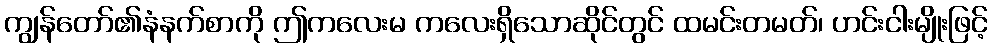
ကျွန်တော်၏နံနက်စာကို ဤကလေးမ ကလေးရှိသောဆိုင်တွင် ထမင်းတမတ်၊ ဟင်းငါးမျိုးဖြင့်